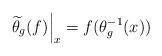
LaTeX: \begin{align*}\left.\widetilde\theta_g(f)\right|_x = f(\theta_g^{-1}(x))\end{align*}